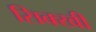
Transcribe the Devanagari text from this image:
सिक्खी